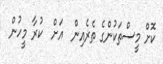
ކޮށް މީސްތަކުންގެ ތެރެއިން  އަށް  ކުރާ މީހުން